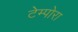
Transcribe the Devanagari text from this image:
टेम्पोरा